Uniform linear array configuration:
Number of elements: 8
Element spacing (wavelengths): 1
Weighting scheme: kaiser
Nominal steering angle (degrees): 0
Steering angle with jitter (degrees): -0.2314
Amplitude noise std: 0.05
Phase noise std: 0.05

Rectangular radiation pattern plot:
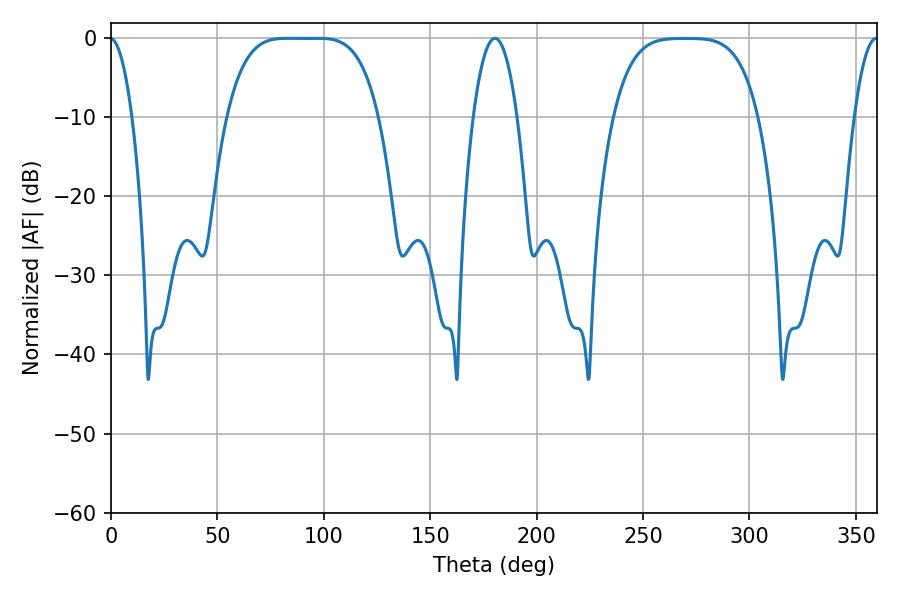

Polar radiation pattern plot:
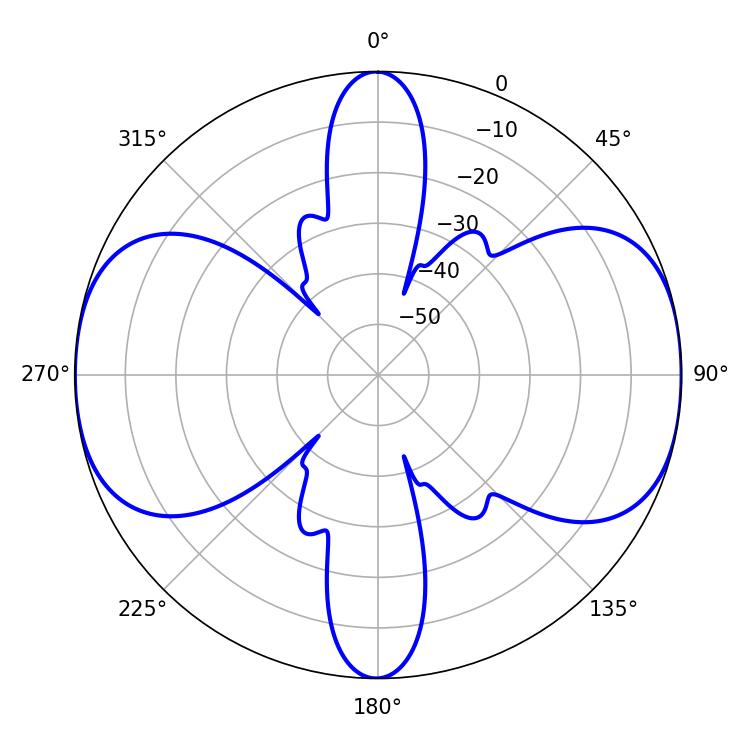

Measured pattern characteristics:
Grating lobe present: TRUE
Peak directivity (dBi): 14.784
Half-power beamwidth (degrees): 53.64
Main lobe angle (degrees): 83.16